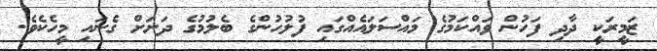
ޒަމީރަކީ ދާދި ފަހުން ވައްކަމުގެ މައްސަލައެއްގައި ފުލުހުންގެ ބެލުމުގެ ދަށަށް ގެނައި މީހެކެވެ.